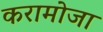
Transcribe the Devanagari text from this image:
करामोजा